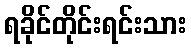
ရခိုင်တိုင်းရင်းသား